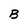
Character: B